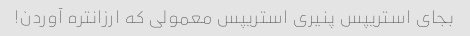
بجای استریپس پنیری استریپس معمولی که ارزانتره آوردن!